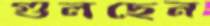
গুলছেন